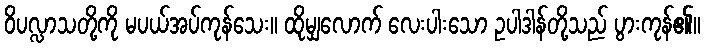
ဝိပလ္လာသတို့ကို မပယ်အပ်ကုန်သေး။ ထိုမျှလောက် လေးပါးသော ဥပါဒါန်တို့သည် ပွားကုန်၏။